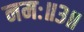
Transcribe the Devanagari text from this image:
नमः॥३॥